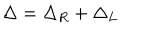
\Delta = \Delta _ { R } + \Delta _ { L }